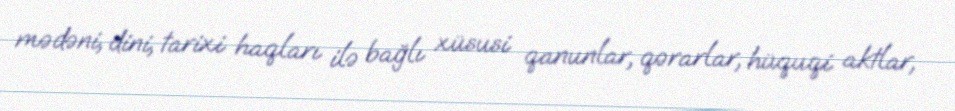
mədəni, dini, tarixi haqları ilə bağlı xüsusi qanunlar, qərarlar, hüquqi aktlar,